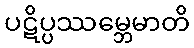
ပဋိပ္ပဿမ္ဘေမာတိ